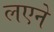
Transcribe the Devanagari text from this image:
लएने